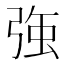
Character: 𭚸